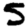
Digit: 5